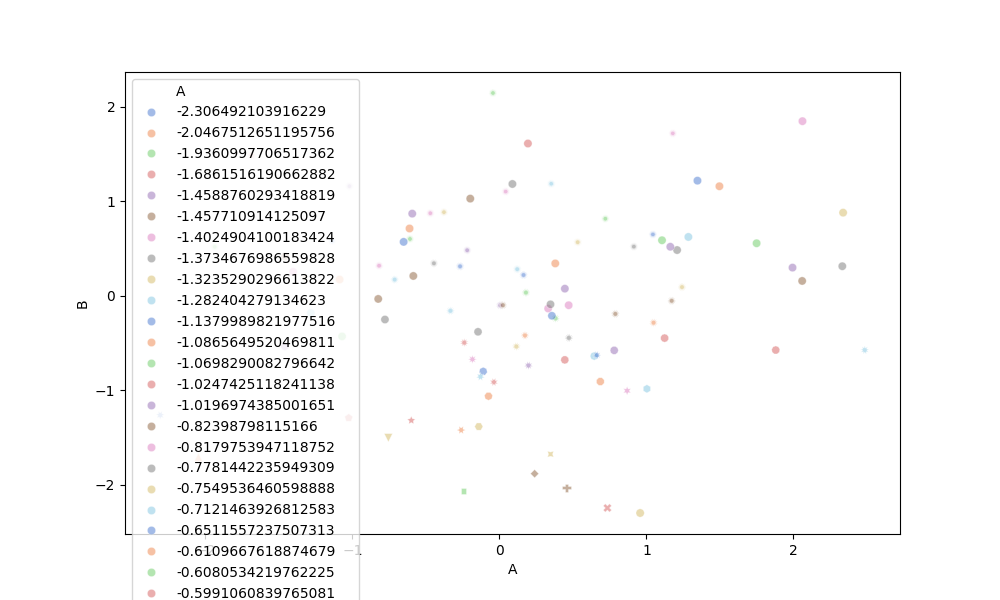
python, seaborn, scatterplot, hue='A', style='B', size='None', palette='muted', alpha=0.5